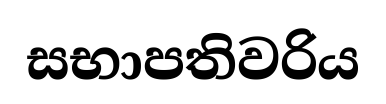
සභාපතිවරිය